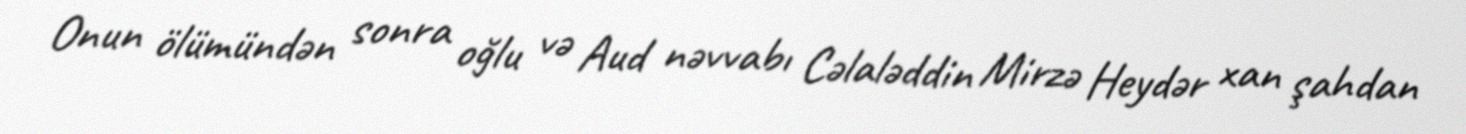
Onun ölümündən sonra oğlu və Aud nəvvabı Cəlaləddin Mirzə Heydər xan şahdan